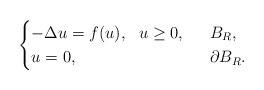
LaTeX: \begin{align*}\begin{cases}-\Delta u=f( u),\ \ u\ge 0,&\ \ B_R,\\ u=0,\ \ &\ \ \partial B_R.\end{cases}\end{align*}